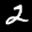
Label: 2